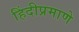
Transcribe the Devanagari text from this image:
हिंदीप्रमाणे